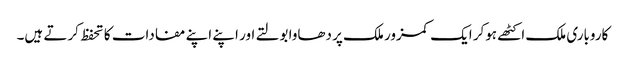
کاروباری ملک اکٹھے ہوکر ایک کمزور ملک پر دھاوا بولتے اور اپنے اپنے مفادات کا تحفظ کرتے ہیں۔